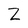
Character: Z